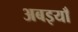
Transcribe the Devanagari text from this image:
अबइयाँ